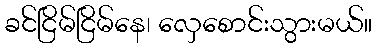
ခင်ငြိမ်ငြိမ်နေ၊ လှေစောင်းသွားမယ်။